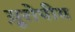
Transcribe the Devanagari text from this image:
य़ूरोपीय